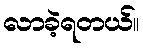
လာခဲ့ရတယ်။